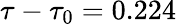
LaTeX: \tau-\tau_{0}=0.224